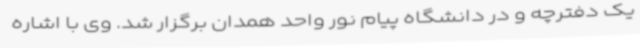
یک دفترچه و در دانشگاه پیام نور واحد همدان برگزار شد. وی با اشاره